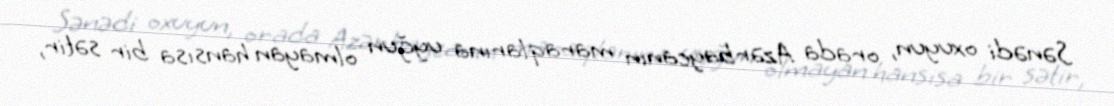
Sənədi oxuyun, orada Azərbaycanın maraqlarına uyğun olmayan hansısa bir sətir,